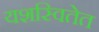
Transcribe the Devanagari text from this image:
यशस्वितेत